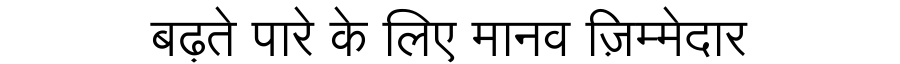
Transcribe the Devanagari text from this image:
बढ़ते पारे के लिए मानव ज़िम्मेदार